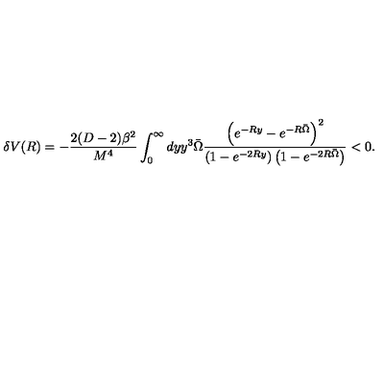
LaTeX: \delta V ( R ) = - \frac { 2 ( D - 2 ) \beta ^ { 2 } } { M ^ { 4 } } \int _ { 0 } ^ { \infty } d y y ^ { 3 } \bar { \Omega } \frac { \left( e ^ { - R y } - e ^ { - R \bar { \Omega } } \right) ^ { 2 } } { \left( 1 - e ^ { - 2 R y } \right) \left( 1 - e ^ { - 2 R \bar { \Omega } } \right) } < 0 .